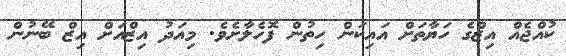
ކުއްޖެއް އިޒްގެ ހަޔާތަށް އައިކަން ހިތުން ފޮހެލާށެވެ. މިއަދު އިޒްއަށް އިޒް ބޭނުން